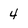
Character: 4